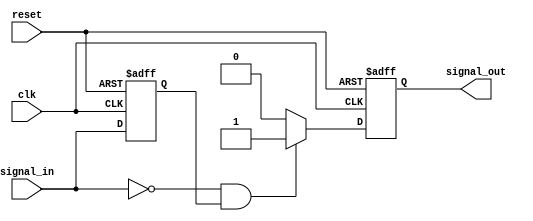
module negative_edge_detector (
    input wire clk,            // Clock signal
    input wire reset,          // Asynchronous reset signal
    input wire signal_in,      // Input signal to monitor
    output reg signal_out      // Output pulse indicating negative edge
);

    reg prev_signal;           // Register to hold the previous state of signal_in

    // Asynchronous reset and edge detection logic
    always @(posedge clk or posedge reset) begin
        if (reset) begin
            prev_signal <= 1'b0; // Initialize prev_signal to 0 on reset
            signal_out <= 1'b0;   // Initialize signal_out to 0 on reset
        end else begin
            // Edge detection logic
            if (signal_in == 1'b0 && prev_signal == 1'b1) begin
                signal_out <= 1'b1; // Set output high on negative edge
            end else begin
                signal_out <= 1'b0;  // Reset output to low otherwise
            end
            
            // Update previous signal state
            prev_signal <= signal_in;
        end
    end

endmodule